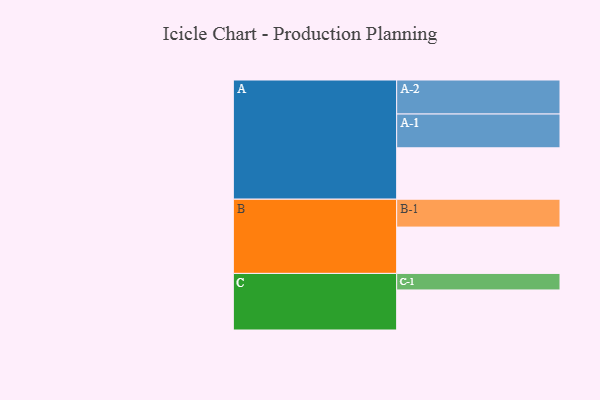
{"axis": {"x": "Segment", "y": "Value"}, "legend": ["", "A", "B", "C"], "data": [{"x": "A", "y": 426, "type": ""}, {"x": "B", "y": 384, "type": ""}, {"x": "C", "y": 332, "type": ""}, {"x": "A-1", "y": 280, "type": "A"}, {"x": "A-2", "y": 282, "type": "A"}, {"x": "B-1", "y": 231, "type": "B"}, {"x": "C-1", "y": 137, "type": "C"}]}